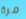
مرة